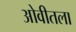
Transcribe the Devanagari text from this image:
ओवीतला